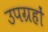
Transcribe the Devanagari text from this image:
उपग्रहोंं